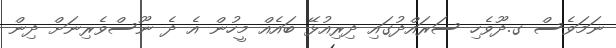
ނަމަވެސް ގ.ދޫވެހި ސަރައްދުގައި ދިރިއުޅޭ ބައެއް މީހުން އެ ދެ ނޫސްވެރިނަށް ދިން